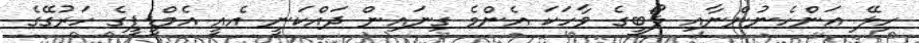
ހިލޭ އަންހެނުންނާއި ލޯބީގެ ވާހަކަ އެންމެ ގިނައިން ދައްކަނީ އެއީ އެމްޑީޕީގެ ހަރުގޭގެ